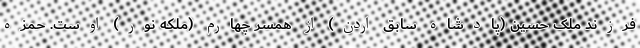
فرزند ملک حسین (پادشاه سابق اردن) از همسر چهارم (ملکه نور) اوست. حمزه